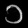
Digit: ၁